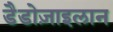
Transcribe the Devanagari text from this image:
डैडोज़ाइलान